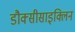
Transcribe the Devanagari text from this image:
डौक्सीसाइक्लिन